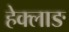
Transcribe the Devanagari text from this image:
हेक्लाङ